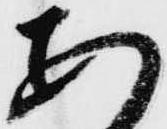
あ